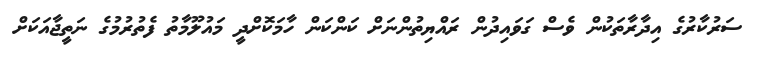
ސަރުކާރުގެ އިދާރާތަކުން ވެސް ގަވައިދުން ރައްޔިތުންނަށް ކަންކަން ހާމަކޮށްދީ މައުލޫމާތު ފެތުރުމުގެ ނަތީޖާއަކަށް